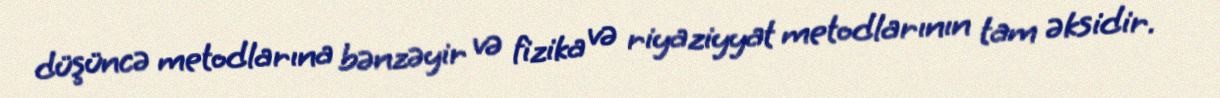
düşüncə metodlarına bənzəyir və fizika və riyaziyyat metodlarının tam əksidir.